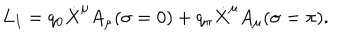
LaTeX: L _ { I } = q _ { 0 } \dot { X } ^ { \mu } A _ { \mu } ( \sigma = 0 ) + q _ { \pi } \dot { X } ^ { \mu } A _ { \mu } ( \sigma = \pi ) .